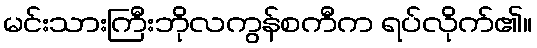
မင်းသားကြီးဘိုလကွန်စကီက ရပ်လိုက်၏။